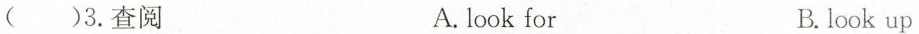
()3. 查阅 A. look for B. look up